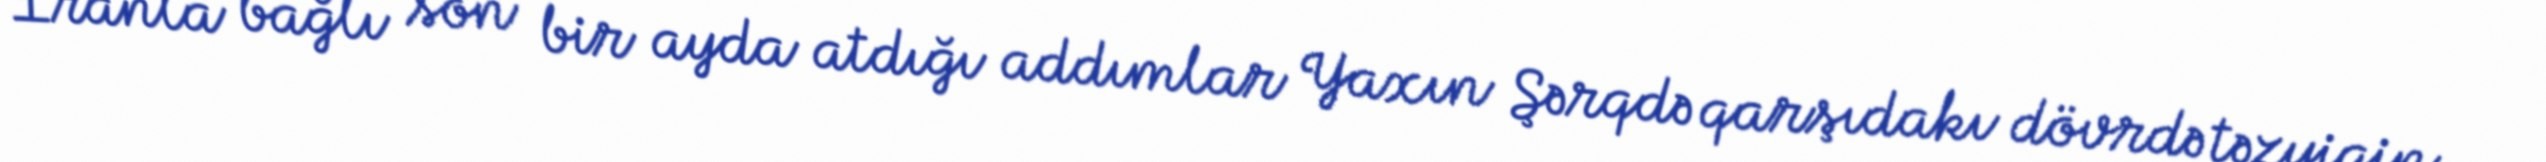
İranla bağlı son bir ayda atdığı addımlar Yaxın Şərqdə qarşıdakı dövrdə təzyiqin